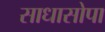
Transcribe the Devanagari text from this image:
साधासोपा